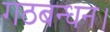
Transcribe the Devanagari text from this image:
गठबन्धन।